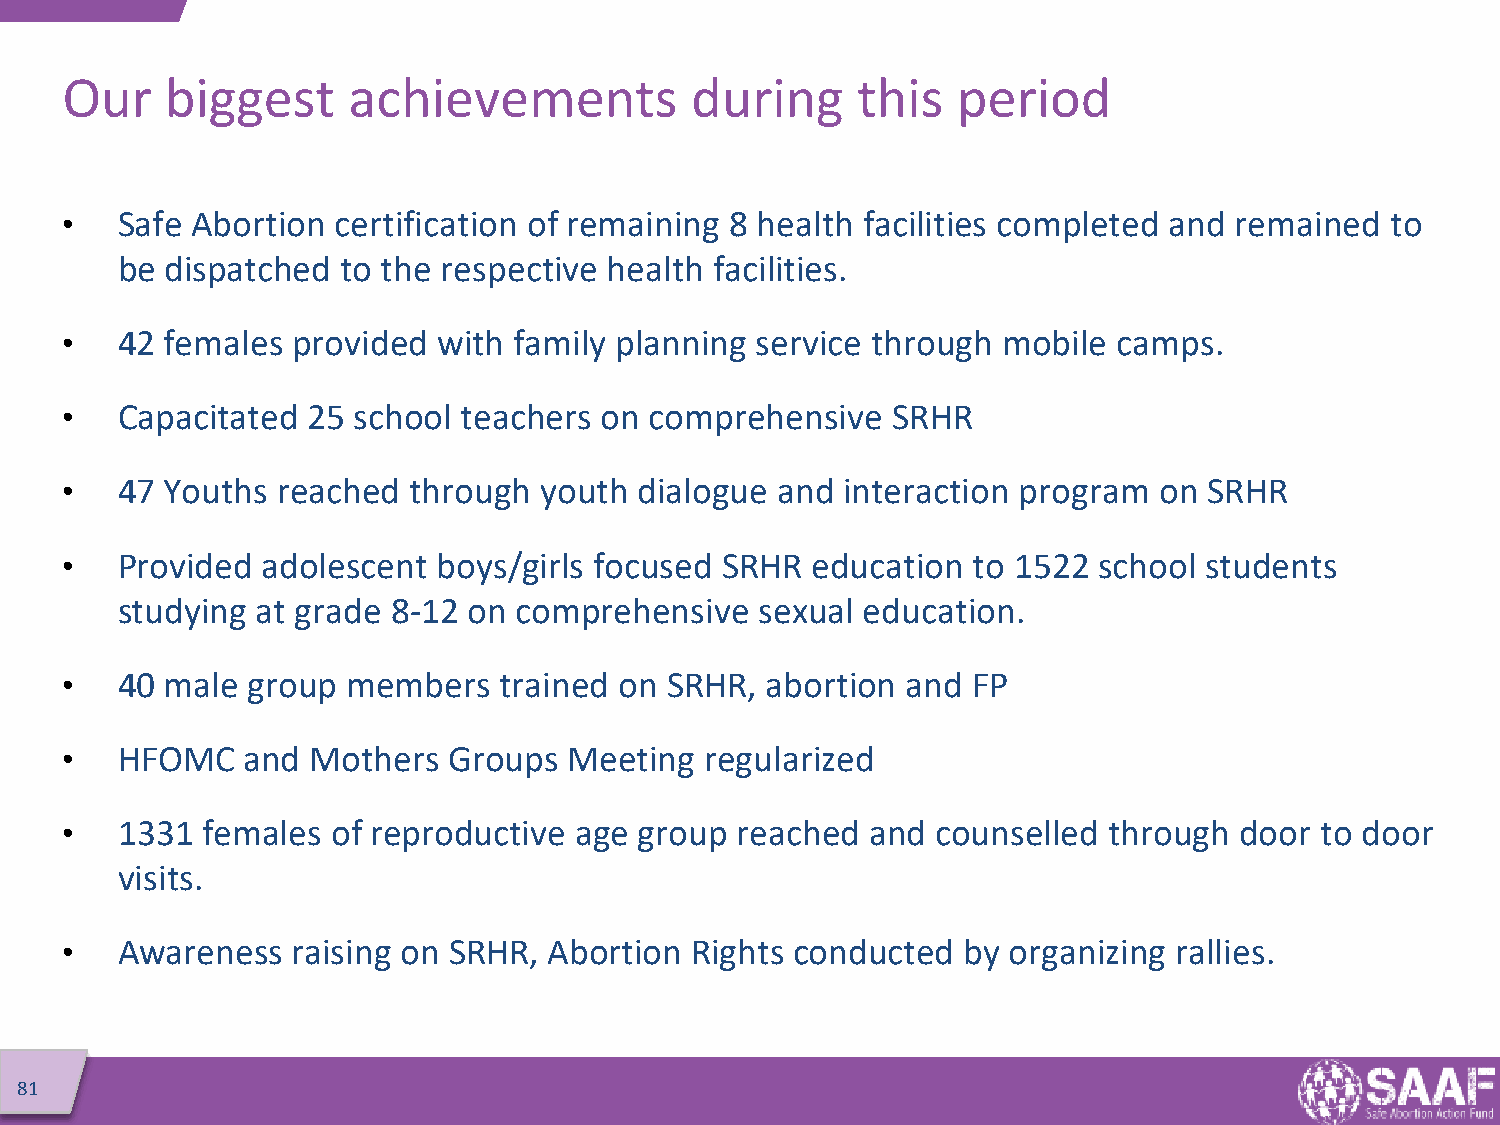
Our    biggest     achievements           during     this  period
 •   Safe Abortion certification of remaining 8 health facilities completed and remained to
 be dispatched  to the respective health facilities.
 •   42 females provided  with family planning service through mobile  camps.
 •   Capacitated 25 school  teachers on comprehensive   SRHR
 •   47 Youths reached  through  youth dialogue and  interaction program  on SRHR
 •   Provided adolescent  boys/girls focused SRHR  education to 1522  school students
 studying at grade 8-12 on comprehensive   sexual education.
 •   40 male group  members   trained on SRHR,  abortion and FP
 •   HFOMC   and  Mothers  Groups  Meeting  regularized
 •   1331 females  of reproductive age group  reached  and counselled through  door to door
 visits.
 •   Awareness  raising on SRHR, Abortion  Rights conducted  by organizing rallies.
 81